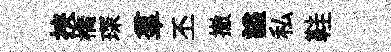
挾橋琛羣丕撤謚私鞋